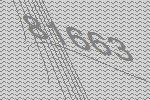
81663